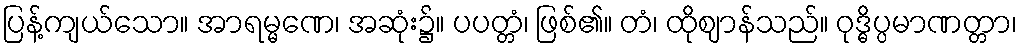
ပြန့်ကျယ်သော။ အာရမ္မဏေ၊ အဆုံး၌။ ပပတ္တံ၊ ဖြစ်၏။ တံ၊ ထိုဈာန်သည်။ ဝုဒ္ဓိပ္ပမာဏတ္တာ၊